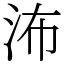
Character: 㳍